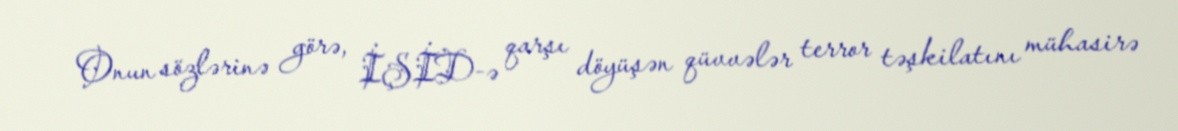
Onun sözlərinə görə, İŞİD-ə qarşı döyüşən qüvvələr terror təşkilatını mühasirə